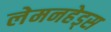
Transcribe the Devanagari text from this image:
लेमनहेड्स